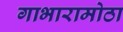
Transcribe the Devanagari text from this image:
गाभारामोठा